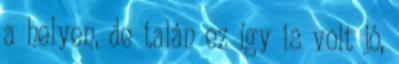
a helyen, de talán ez így is volt jó,